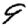
Digit: 9